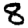
Digit: 8